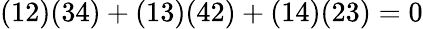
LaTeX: (12)(34)+(13)(42)+(14)(23)=0